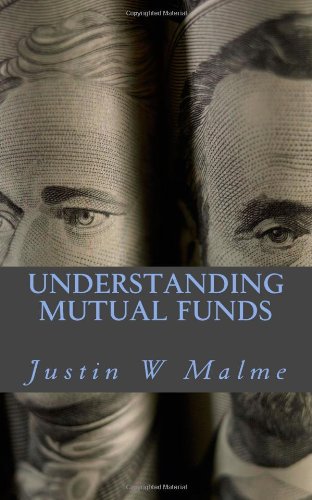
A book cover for Understanding Mutual Funds; Justin W. Malme; Business & Money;